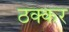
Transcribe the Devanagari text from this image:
ठक्‍कर